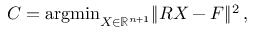
C = \mathrm { a r g m i n } _ { X \in \mathbb { R } ^ { n + 1 } } \| R X - F \| ^ { 2 } \, ,